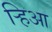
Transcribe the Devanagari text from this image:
र्‍हिआ